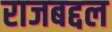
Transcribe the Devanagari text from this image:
राजबद्दल